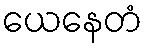
ယေနေတံ